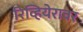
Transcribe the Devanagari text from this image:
रिव्हियेरावर